Annual vaccination report of Bihar and Orissa - 1911-1928
Year: 1911
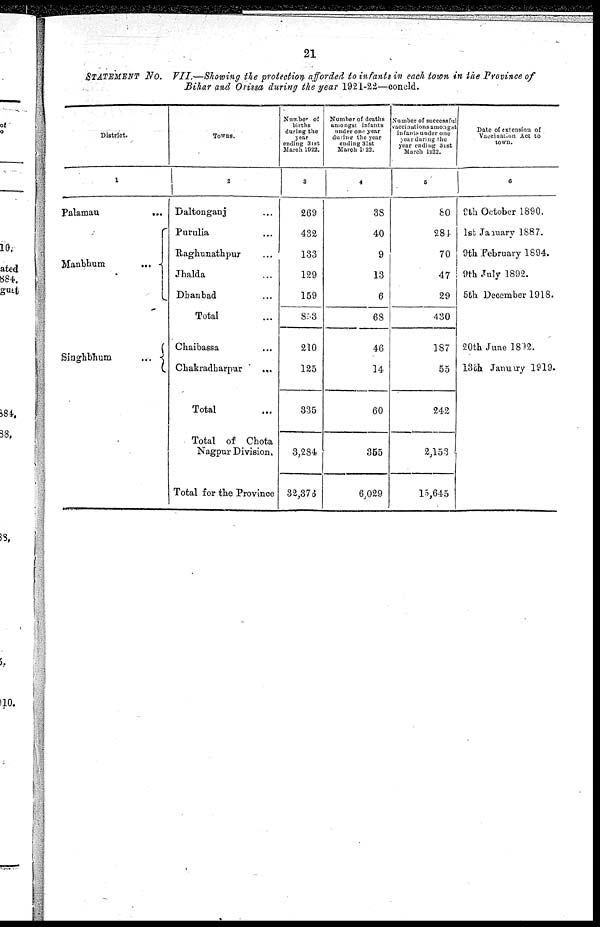
21
STATEMENT NO. VII.—Showing the protection afforded to infants in each town in the Province of
Bihar and Orissa during the year 1921-22—concld.
District.
1
Palamau
...
Manbhum
...
Singhbhum
...
Towns.
2
Daltonganj ...
Purulia ...
Raghunathpur ...
Jhalda ...
Dhanbad ...
Total ...
Chaibassa ...
Chakradharpur
...
Total ...
Total of Chota
Nagpur Division.
Total for the Province
Number of
births
during the
year
ending 31st
March 1922.
3
269
432
133
129
159
893
210
125
335
3,284
32,376
Number of deaths
amongst infants
tinder one year
during the year
ending 31st
March 1922.
4
38
40
9
13
6
68
46
14
60
355
6,029
Number of successful
vaccinations amongst
infante under one
year during the
year ending 31st
March 1922.
5
80
284
70
47
29
430
187
55
242
2,153
15,645
Date of extension of
Vaccination Act to
town.
6
9th October 1890.
1st January 1887.
9th February 1894.
9th July 1892.
5th December 1918.
20th June 1892.
13th January 1919.